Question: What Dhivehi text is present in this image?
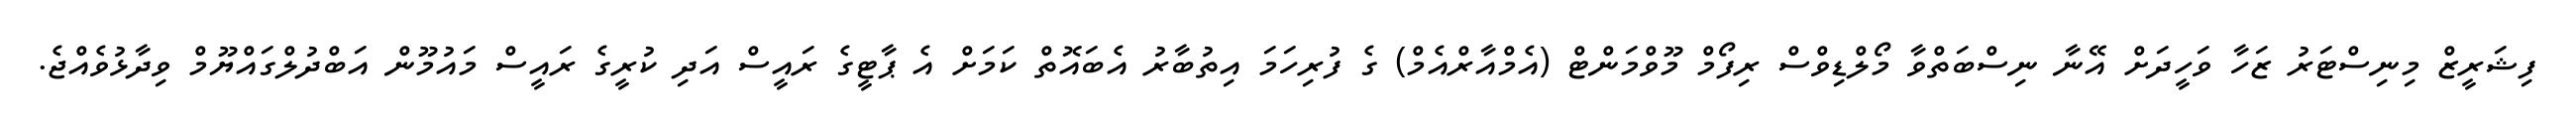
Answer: ފިޝަރީޒް މިނިސްޓަރު ޒަހާ ވަހީދަށް އޭނާ ނިސްބަތްވާ މޯލްޑިވްސް ރިފޯމް މޫވްމަންޓް (އެމްއާރްއެމް) ގެ ފުރިހަމަ އިތުބާރު އެބައޮތް ކަމަށް އެ ޕާޓީގެ ރައީސް އަދި ކުރީގެ ރައީސް މައުމޫން އަބްދުލްގައްޔޫމް ވިދާޅުވެއްޖެ.